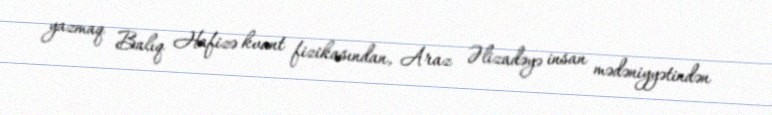
yazmaq Balıq Hafizə kvant fizikasından, Araz Əlizadəyə insan mədəniyyətindən